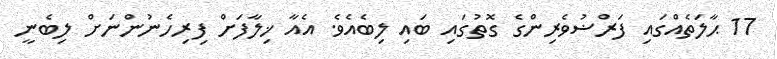
17 ޙާލަތެއްގައި ފަރްޟުވެރިންގެ ގޮތުގައި ބައި ލިބެއެވެ. އެއާ ޚިލާފަށް ފިރިހެނުންނަށް ލިބެނީ